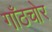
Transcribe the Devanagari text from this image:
गाँठचोर